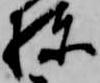
棟